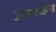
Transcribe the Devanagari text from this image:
आस्करवाइल्ड